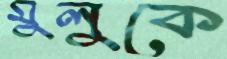
মুলুকে